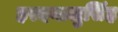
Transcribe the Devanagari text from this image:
हरदयालुसिंह